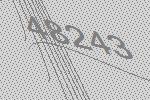
48243